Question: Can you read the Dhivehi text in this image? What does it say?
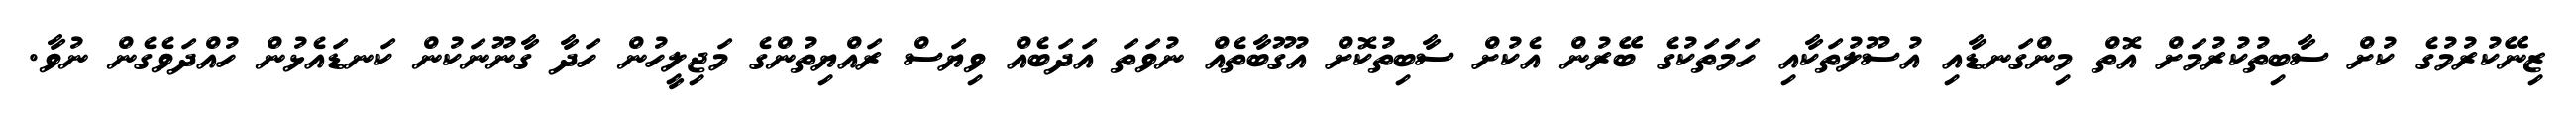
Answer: ޒިނޭކުރުމުގެ ކުށް ސާބިތުކުރުމަށް އޮތް މިންގަނޑާއި އުސޫލުތަކާއި ހަމަތަކުގެ ބޭރުން އެކުށް ސާބިތުކޮށް އުގޫބާތެއް ނުވަތަ އަދަބެއް ވިޔަސް ރައްޔިތުންގެ މަޖިލީހުން ހަދާ ގާނޫނަކުން ކަނޑައެޅުން ހުއްދަވެގެން ނުވާ.